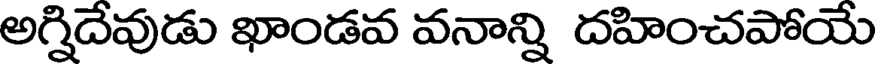
అగ్నిదేవుడు ఖాండవ వనాన్ని దహించపోయే